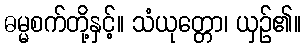
ဓမ္မစက်တို့နှင့်။ သံယုတ္တော၊ ယှဉ်၏။